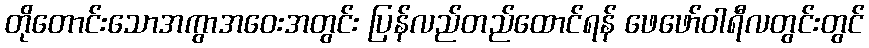
တိုတောင်းသောအကွာအဝေးအတွင်း ပြန်လည်တည်ထောင်ရန် ဖေဖော်ဝါရီလတွင်းတွင်